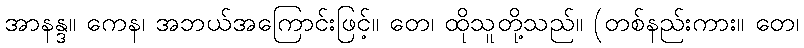
အာနန္ဒ။ ကေန၊ အဘယ်အကြောင်းဖြင့်။ တေ၊ ထိုသူတို့သည်။ (တစ်နည်းကား။ တေ၊